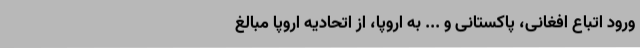
ورود اتباع افغانی، پاکستانی و ... به اروپا، از اتحادیه اروپا مبالغ